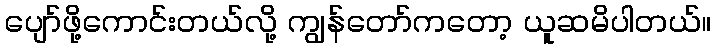
ပျော်ဖို့ကောင်းတယ်လို့ ကျွန်တော်ကတော့ ယူဆမိပါတယ်။